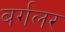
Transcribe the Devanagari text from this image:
बर्गलर